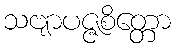
သဗျာပဇ္ဇစိတ္တော